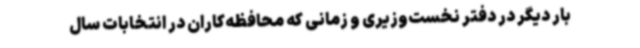
بار دیگر در دفتر نخست‌وزیری و زمانی که محافظه‌کاران در انتخابات سال